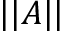
| | A | |